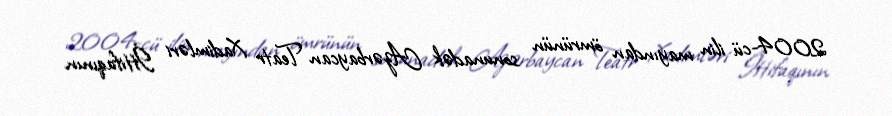
2004-cü ilin mayından ömrünün sonunadək Azərbaycan Teatr Xadimləri İttifaqının